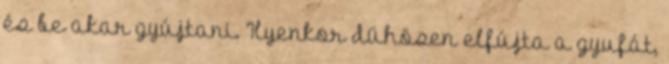
és be akar gyújtani. Ilyenkor dühösen elfújta a gyufát,